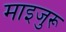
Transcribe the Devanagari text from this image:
माइजुरू